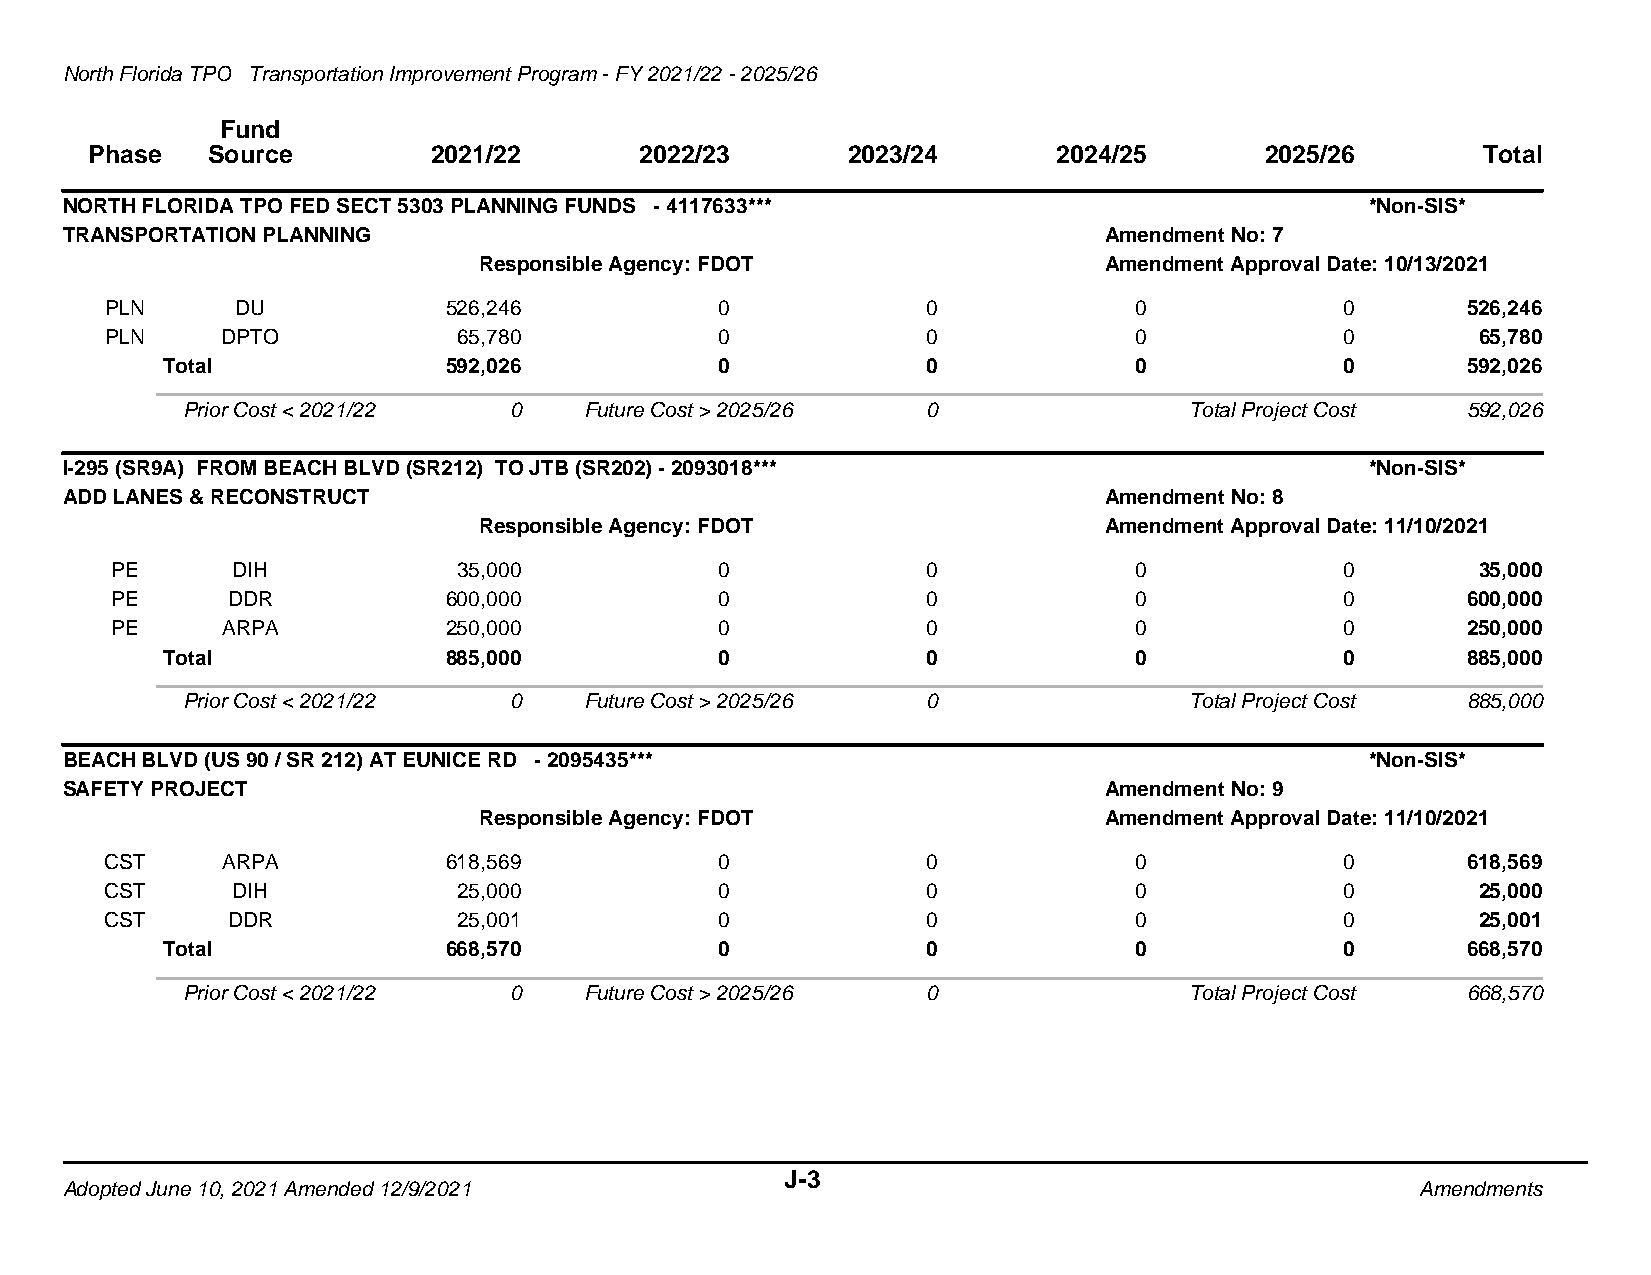
North Florida TPO Transportation Improvement Program - FY 2021/22 - 2025/26
 Fund
 Phase   Source         2021/22      2022/23       2023/24       2024/25       2025/26       Total
 NORTH FLORIDA TPO FED SECT 5303 PLANNING FUNDS - 4117633***                            *Non-SIS*
 TRANSPORTATION PLANNING                                              Amendment No: 7
 Responsible Agency: FDOT                 Amendment Approval Date: 10/13/2021
 PLN      DU           526,246            0            0             0             0       526,246
 PLN     DPTO           65,780            0            0             0             0        65,780
 Total             592,026            0            0             0             0       592,026
 Prior Cost < 2021/22  0    Future Cost > 2025/26 0                 Total Project Cost 592,026
 I-295 (SR9A) FROM BEACH BLVD (SR212) TO JTB (SR202) - 2093018***                       *Non-SIS*
 ADD LANES & RECONSTRUCT                                              Amendment No: 8
 Responsible Agency: FDOT                 Amendment Approval Date: 11/10/2021
 PE      DIH            35,000            0            0             0             0        35,000
 PE      DDR           600,000            0            0             0             0       600,000
 PE      ARPA          250,000            0            0             0             0       250,000
 Total             885,000            0            0             0             0       885,000
 Prior Cost < 2021/22  0    Future Cost > 2025/26 0                 Total Project Cost 885,000
 BEACH BLVD (US 90 / SR 212) AT EUNICE RD - 2095435***                                  *Non-SIS*
 SAFETY PROJECT                                                       Amendment No: 9
 Responsible Agency: FDOT                 Amendment Approval Date: 11/10/2021
 CST     ARPA          618,569            0            0             0             0       618,569
 CST     DIH            25,000            0            0             0             0        25,000
 CST     DDR            25,001            0            0             0             0        25,001
 Total             668,570            0            0             0             0       668,570
 Prior Cost < 2021/22  0    Future Cost > 2025/26 0                 Total Project Cost 668,570
 J-3
 Adopted June 10, 2021 Amended 12/9/2021                                                   Amendments